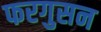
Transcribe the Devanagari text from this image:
फरगुसन